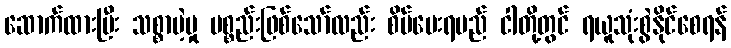
ဆောက်ထားပြီး သစ္စာမဲ့မှု ပစ္စည်းဖြစ်သော်လည်း စိမ်ပေးရမည် ငါတို့တွင် ရယူသုံးစွဲနိုင်စေရန်